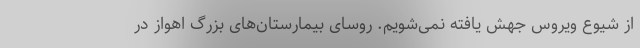
از شیوع ویروس جهش یافته نمی‌شویم. روسای بیمارستان‌های بزرگ اهواز در